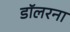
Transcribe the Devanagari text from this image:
डॉलरना